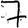
Digit: 7